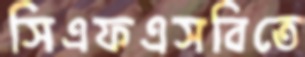
সিএফএসবিতে